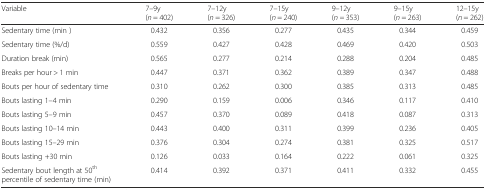
| Variable | 7–9y (n = 402) | 7–12y (n = 326) | 7–15y (n = 240) | 9–12y (n = 353) | 9–15y (n = 263) | 12–15y (n = 262) |
 | --- | --- | --- | --- | --- | --- | --- |
 | Sedentary time (min ) | 0.432 | 0.356 | 0.277 | 0.435 | 0.344 | 0.459 |
 | Sedentary time (%/d) | 0.559 | 0.427 | 0.428 | 0.469 | 0.420 | 0.503 |
 | Duration break (min) | 0.565 | 0.277 | 0.214 | 0.288 | 0.204 | 0.485 |
 | Breaks per hour > 1 min | 0.447 | 0.371 | 0.362 | 0.389 | 0.347 | 0.488 |
 | Bouts per hour of sedentary time | 0.310 | 0.262 | 0.300 | 0.385 | 0.313 | 0.485 |
 | Bouts lasting 1–4 min | 0.290 | 0.159 | 0.006 | 0.346 | 0.117 | 0.410 |
 | Bouts lasting 5–9 min | 0.457 | 0.370 | 0.089 | 0.418 | 0.087 | 0.313 |
 | Bouts lasting 10–14 min | 0.443 | 0.400 | 0.311 | 0.399 | 0.236 | 0.405 |
 | Bouts lasting 15–29 min | 0.376 | 0.304 | 0.274 | 0.381 | 0.325 | 0.517 |
 | Bouts lasting +30 min | 0.126 | 0.033 | 0.164 | 0.222 | 0.061 | 0.325 |
 | Sedentary bout length at 50th percentile of sedentary time (min) | 0.414 | 0.392 | 0.371 | 0.411 | 0.332 | 0.455 |